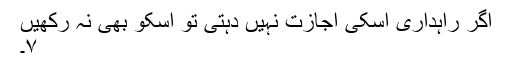
اگر راہداری اسکی اجازت نہیں دہتی تو اسکو بھی نہ رکھیں
۷۔